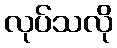
လုပ်သလို